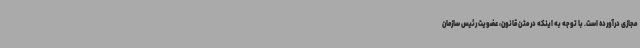
مجازی درآورده است. با توجه به اینکه در متن قانون، عضویت رئیس سازمان